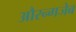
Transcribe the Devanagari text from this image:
औरन्गजेब